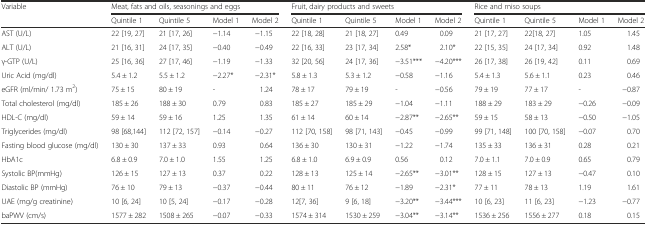
<table><thead><tr><td rowspan="2"><b>Variable</b></td><td colspan="4"><b>Meat, fats and oils, seasonings and eggs</b></td><td colspan="4"><b>Fruit, dairy products and sweets</b></td><td colspan="4"><b>Rice and miso soups</b></td></tr><tr><td><b>Quintile 1</b></td><td><b>Quintile 5</b></td><td><b>Model 1</b></td><td><b>Model 2</b></td><td><b>Quintile 1</b></td><td><b>Quintile 5</b></td><td><b>Model 1</b></td><td><b>Model 2</b></td><td><b>Quintile 1</b></td><td><b>Quintile 5</b></td><td><b>Model 1</b></td><td><b>Model 2</b></td></tr></thead><tbody><tr><td>AST (U/L)</td><td>22 [19, 27]</td><td>21 [17, 26]</td><td>−1.14</td><td>−1.15</td><td>22 [18, 28]</td><td>21 [18, 27]</td><td>0.49</td><td>0.09</td><td>21 [17, 27]</td><td>22[18, 27]</td><td>1.05</td><td>1.45</td></tr><tr><td>ALT (U/L)</td><td>21 [16, 31]</td><td>24 [17, 35]</td><td>−0.40</td><td>−0.49</td><td>22 [16, 33]</td><td>23 [17, 34]</td><td>2.58*</td><td>2.10*</td><td>22 [15, 35]</td><td>24 [17, 34]</td><td>0.92</td><td>1.48</td></tr><tr><td>γ-GTP (U/L)</td><td>25 [16, 36]</td><td>27 [17, 46]</td><td>−1.19</td><td>−1.33</td><td>32 [20, 56]</td><td>24 [17, 36]</td><td>−3.51***</td><td>−4.20***</td><td>26 [17, 38]</td><td>26 [19, 42]</td><td>0.11</td><td>0.69</td></tr><tr><td>Uric Acid (mg/dl)</td><td>5.4 ± 1.2</td><td>5.5 ± 1.2</td><td>−2.27*</td><td>−2.31*</td><td>5.8 ± 1.3</td><td>5.3 ± 1.2</td><td>−0.58</td><td>−1.16</td><td>5.4 ± 1.3</td><td>5.6 ± 1.1</td><td>0.23</td><td>0.46</td></tr><tr><td>eGFR (ml/min/ 1.73 m<sup>2</sup>)</td><td>75 ± 15</td><td>80 ± 19</td><td>-</td><td>1.24</td><td>78 ± 17</td><td>79 ± 19</td><td>-</td><td>−0.56</td><td>79 ± 19</td><td>77 ± 17</td><td>-</td><td>−0.87</td></tr><tr><td>Total cholesterol (mg/dl)</td><td>185 ± 26</td><td>188 ± 30</td><td>0.79</td><td>0.83</td><td>185 ± 27</td><td>185 ± 29</td><td>−1.04</td><td>−1.11</td><td>188 ± 29</td><td>183 ± 29</td><td>−0.26</td><td>−0.09</td></tr><tr><td>HDL-C (mg/dl)</td><td>59 ± 14</td><td>59 ± 16</td><td>1.25</td><td>1.35</td><td>61 ± 14</td><td>60 ± 14</td><td>−2.87**</td><td>−2.65**</td><td>59 ± 15</td><td>58 ± 13</td><td>−0.50</td><td>−1.05</td></tr><tr><td>Triglycerides (mg/dl)</td><td>98 [68,144]</td><td>112 [72, 157]</td><td>−0.14</td><td>−0.27</td><td>112 [70, 158]</td><td>98 [71, 143]</td><td>−0.45</td><td>−0.99</td><td>99 [71, 148]</td><td>100 [70, 158]</td><td>−0.07</td><td>0.70</td></tr><tr><td>Fasting blood glucose (mg/dl)</td><td>130 ± 30</td><td>137 ± 33</td><td>0.93</td><td>0.64</td><td>136 ± 30</td><td>130 ± 31</td><td>−1.22</td><td>−1.74</td><td>135 ± 33</td><td>136 ± 31</td><td>0.28</td><td>0.21</td></tr><tr><td>HbA1c</td><td>6.8 ± 0.9</td><td>7.0 ± 1.0</td><td>1.55</td><td>1.25</td><td>6.8 ± 1.0</td><td>6.9 ± 0.9</td><td>0.56</td><td>0.12</td><td>7.0 ± 1.1</td><td>7.0 ± 0.9</td><td>0.65</td><td>0.79</td></tr><tr><td>Systolic BP(mmHg)</td><td>126 ± 15</td><td>127 ± 13</td><td>0.37</td><td>0.22</td><td>128 ± 13</td><td>125 ± 14</td><td>−2.65**</td><td>−3.01**</td><td>128 ± 15</td><td>127 ± 13</td><td>−0.47</td><td>0.10</td></tr><tr><td>Diastolic BP (mmHg)</td><td>76 ± 10</td><td>79 ± 13</td><td>−0.37</td><td>−0.44</td><td>80 ± 11</td><td>76 ± 12</td><td>−1.89</td><td>−2.31*</td><td>77 ± 11</td><td>78 ± 13</td><td>1.19</td><td>1.61</td></tr><tr><td>UAE (mg/g creatinine)</td><td>10 [6, 24]</td><td>10 [5, 24]</td><td>−0.17</td><td>−0.28</td><td>12[7, 36]</td><td>9 [6, 18]</td><td>−3.20**</td><td>−3.44***</td><td>10 [6, 23]</td><td>11 [6, 23]</td><td>−1.23</td><td>−0.77</td></tr><tr><td>baPWV (cm/s)</td><td>1577 ± 282</td><td>1508 ± 265</td><td>−0.07</td><td>−0.33</td><td>1574 ± 314</td><td>1530 ± 259</td><td>−3.04**</td><td>−3.14**</td><td>1536 ± 256</td><td>1556 ± 277</td><td>0.18</td><td>0.15</td></tr></tbody></table>